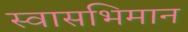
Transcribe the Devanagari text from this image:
स्वासभिमान